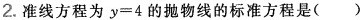
2.准线方程为$$y=4$$的抛物线的标准方程是( )